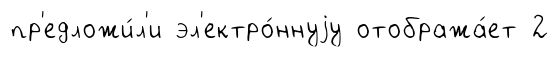
пр'едложи́л'и эл'ектро́ннуjу отобража́ет 2